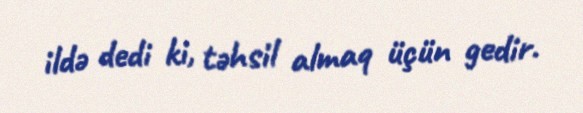
ildə dedi ki, təhsil almaq üçün gedir.